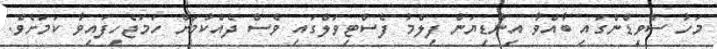
މަހު ސްވިޑްންގައި ބާއްވާ އިންޑިޔަން ފިލްމު ފެސްޓިވަލްގައި ވެސް ދެއްކުމަށް ހަމަޖެހިފައިވާ ކަމަށެވެ.